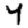
Digit: 4